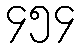
၄၅၄